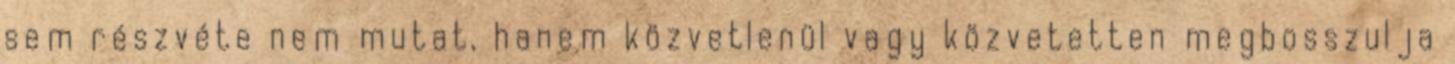
sem részvéte nem mutat, hanem közvetlenül vagy közvetetten megbosszulja